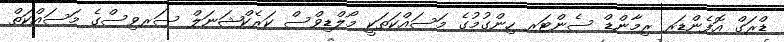
ޑްރަގް އޮފެންޑަރ ރިމާންޑް ސެންޓަރ ހިންގުމުގެ މަސައްކަތަކީ މޯލްޑިވްސް ކަރެކްޝަނަލް ސަރވިސްގެ މަސައްކަތް